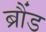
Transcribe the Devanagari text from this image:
ब्रौंड